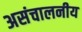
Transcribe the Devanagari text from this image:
असंचालनीय